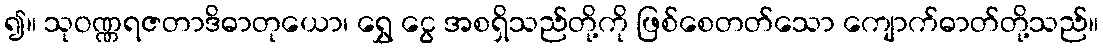
၍။ သုဝဏ္ဏရဇတာဒိဓာတုယော၊ ရွှေ ငွေ အစရှိသည်တို့ကို ဖြစ်စေတတ်သော ကျောက်ဓာတ်တို့သည်။